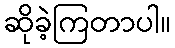
ဆိုခဲ့ကြတာပါ။